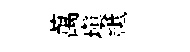
萬填祗